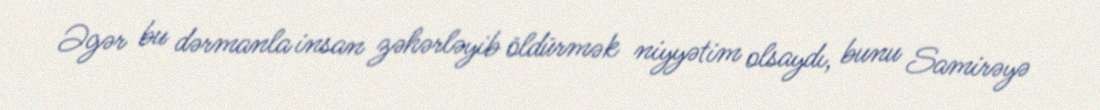
Əgər bu dərmanla insan zəhərləyib öldürmək niyyətim olsaydı, bunu Samirəyə